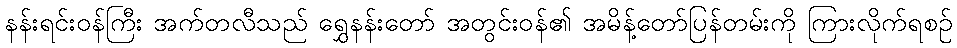
နန်းရင်းဝန်ကြီး အက်တလီသည် ရွှေနန်းတော် အတွင်းဝန်၏ အမိန့်တော်ပြန်တမ်းကို ကြားလိုက်ရစဉ်